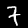
Label: 7